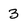
Character: 3